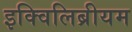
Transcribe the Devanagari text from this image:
इक्विलिब्रीयम